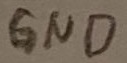
Text: GND